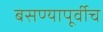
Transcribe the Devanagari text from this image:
बसण्यापूर्वीच